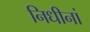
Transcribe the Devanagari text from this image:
निधीनां